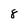
Character: 8